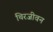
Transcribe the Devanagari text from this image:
चिरजीवन